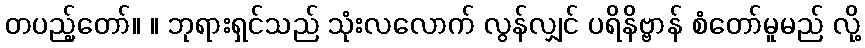
တပည့်တော်။ ။ ဘုရားရှင်သည် သုံးလလောက် လွန်လျှင် ပရိနိဗ္ဗာန် စံတော်မူမည် လို့